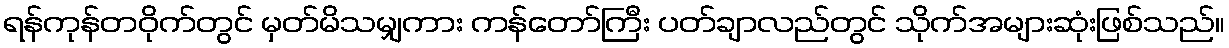
ရန်ကုန်တဝိုက်တွင် မှတ်မိသမျှကား ကန်တော်ကြီး ပတ်ချာလည်တွင် သိုက်အများဆုံးဖြစ်သည်။